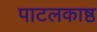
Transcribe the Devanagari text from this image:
पाटलकाष्ठ